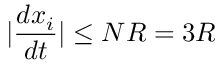
| \frac { d x _ { i } } { d t } | \leq N R = 3 R